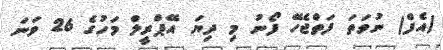
(އެފް) ނުވަތަ ފަތްޖެހޭ ފޯނު މި ދިޔަ އޭޕްރީލް މަހުގެ 26 ވަނަ